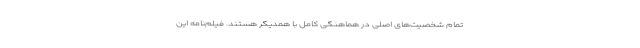
تمام شخصیت‌های اصلی در هماهنگی کامل با همدیگر هستند. فیلم‌نامه این